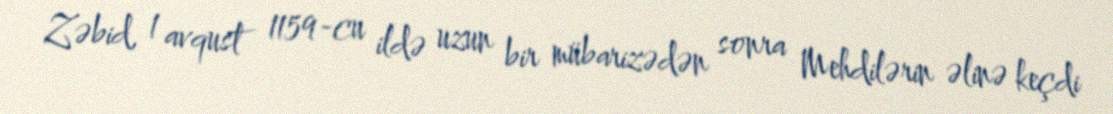
Zəbid, 1 avqust 1159-cu ildə uzun bir mübarizədən sonra Mehdilərin əlinə keçdi